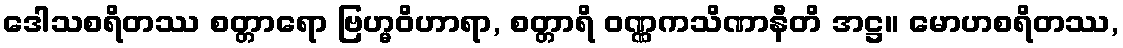
ဒေါသစရိတဿ စတ္တာရော ဗြဟ္မဝိဟာရာ, စတ္တာရိ ဝဏ္ဏကသိဏာနီတိ အဋ္ဌ။ မောဟစရိတဿ,